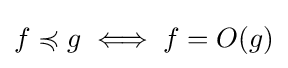
f\preccurlyeq g\iff f=O(g)